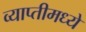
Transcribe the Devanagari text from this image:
व्याप्तीमध्ये